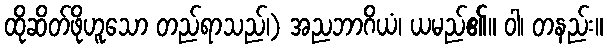
ထိုဆိတ်ဖိုဟူသော တည်ရာသည်၊) အညဘာဂိယံ၊ ယမည်၏။ ဝါ၊ တနည်း။